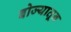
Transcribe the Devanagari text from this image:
बोज्यातून